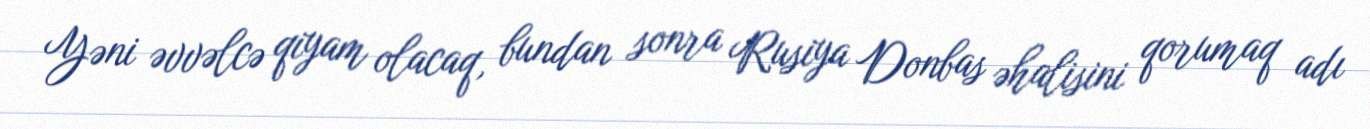
Yəni əvvəlcə qiyam olacaq, bundan sonra Rusiya Donbas əhalisini qorumaq adı